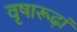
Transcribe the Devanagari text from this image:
वृषारूढ़ां